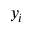
y _ { i }